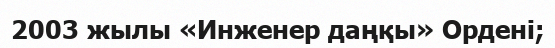
2003 жылы «Инженер даңқы» Ордені;